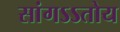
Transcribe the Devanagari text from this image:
सांगऽऽतोय